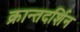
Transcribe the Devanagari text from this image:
क्रान्तदर्शिन